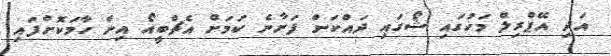
އަދި އޭޕްރިލް މަހުގައި ޝޯގައި ދައްކަން ފަށާނެ ކަމަށް އެޗްބީއޯ އިން ހާމަކޮށްފައި